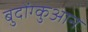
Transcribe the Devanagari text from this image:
बुदोंग्कुआन